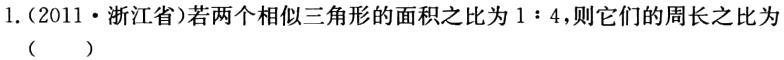
1.（2011·浙江省）若两个相似三角形的面积之比为\(1:4\)，则它们的周长之比为（  ）